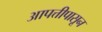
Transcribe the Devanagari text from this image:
आपत्तीपासून